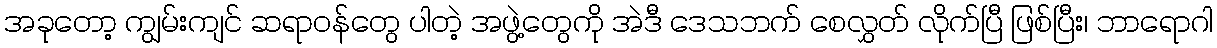
အခုတော့ ကျွမ်းကျင် ဆရာဝန်တွေ ပါတဲ့ အဖွဲ့တွေကို အဲဒီ ဒေသဘက် စေလွှတ် လိုက်ပြီ ဖြစ်ပြီး၊ ဘာရောဂါ